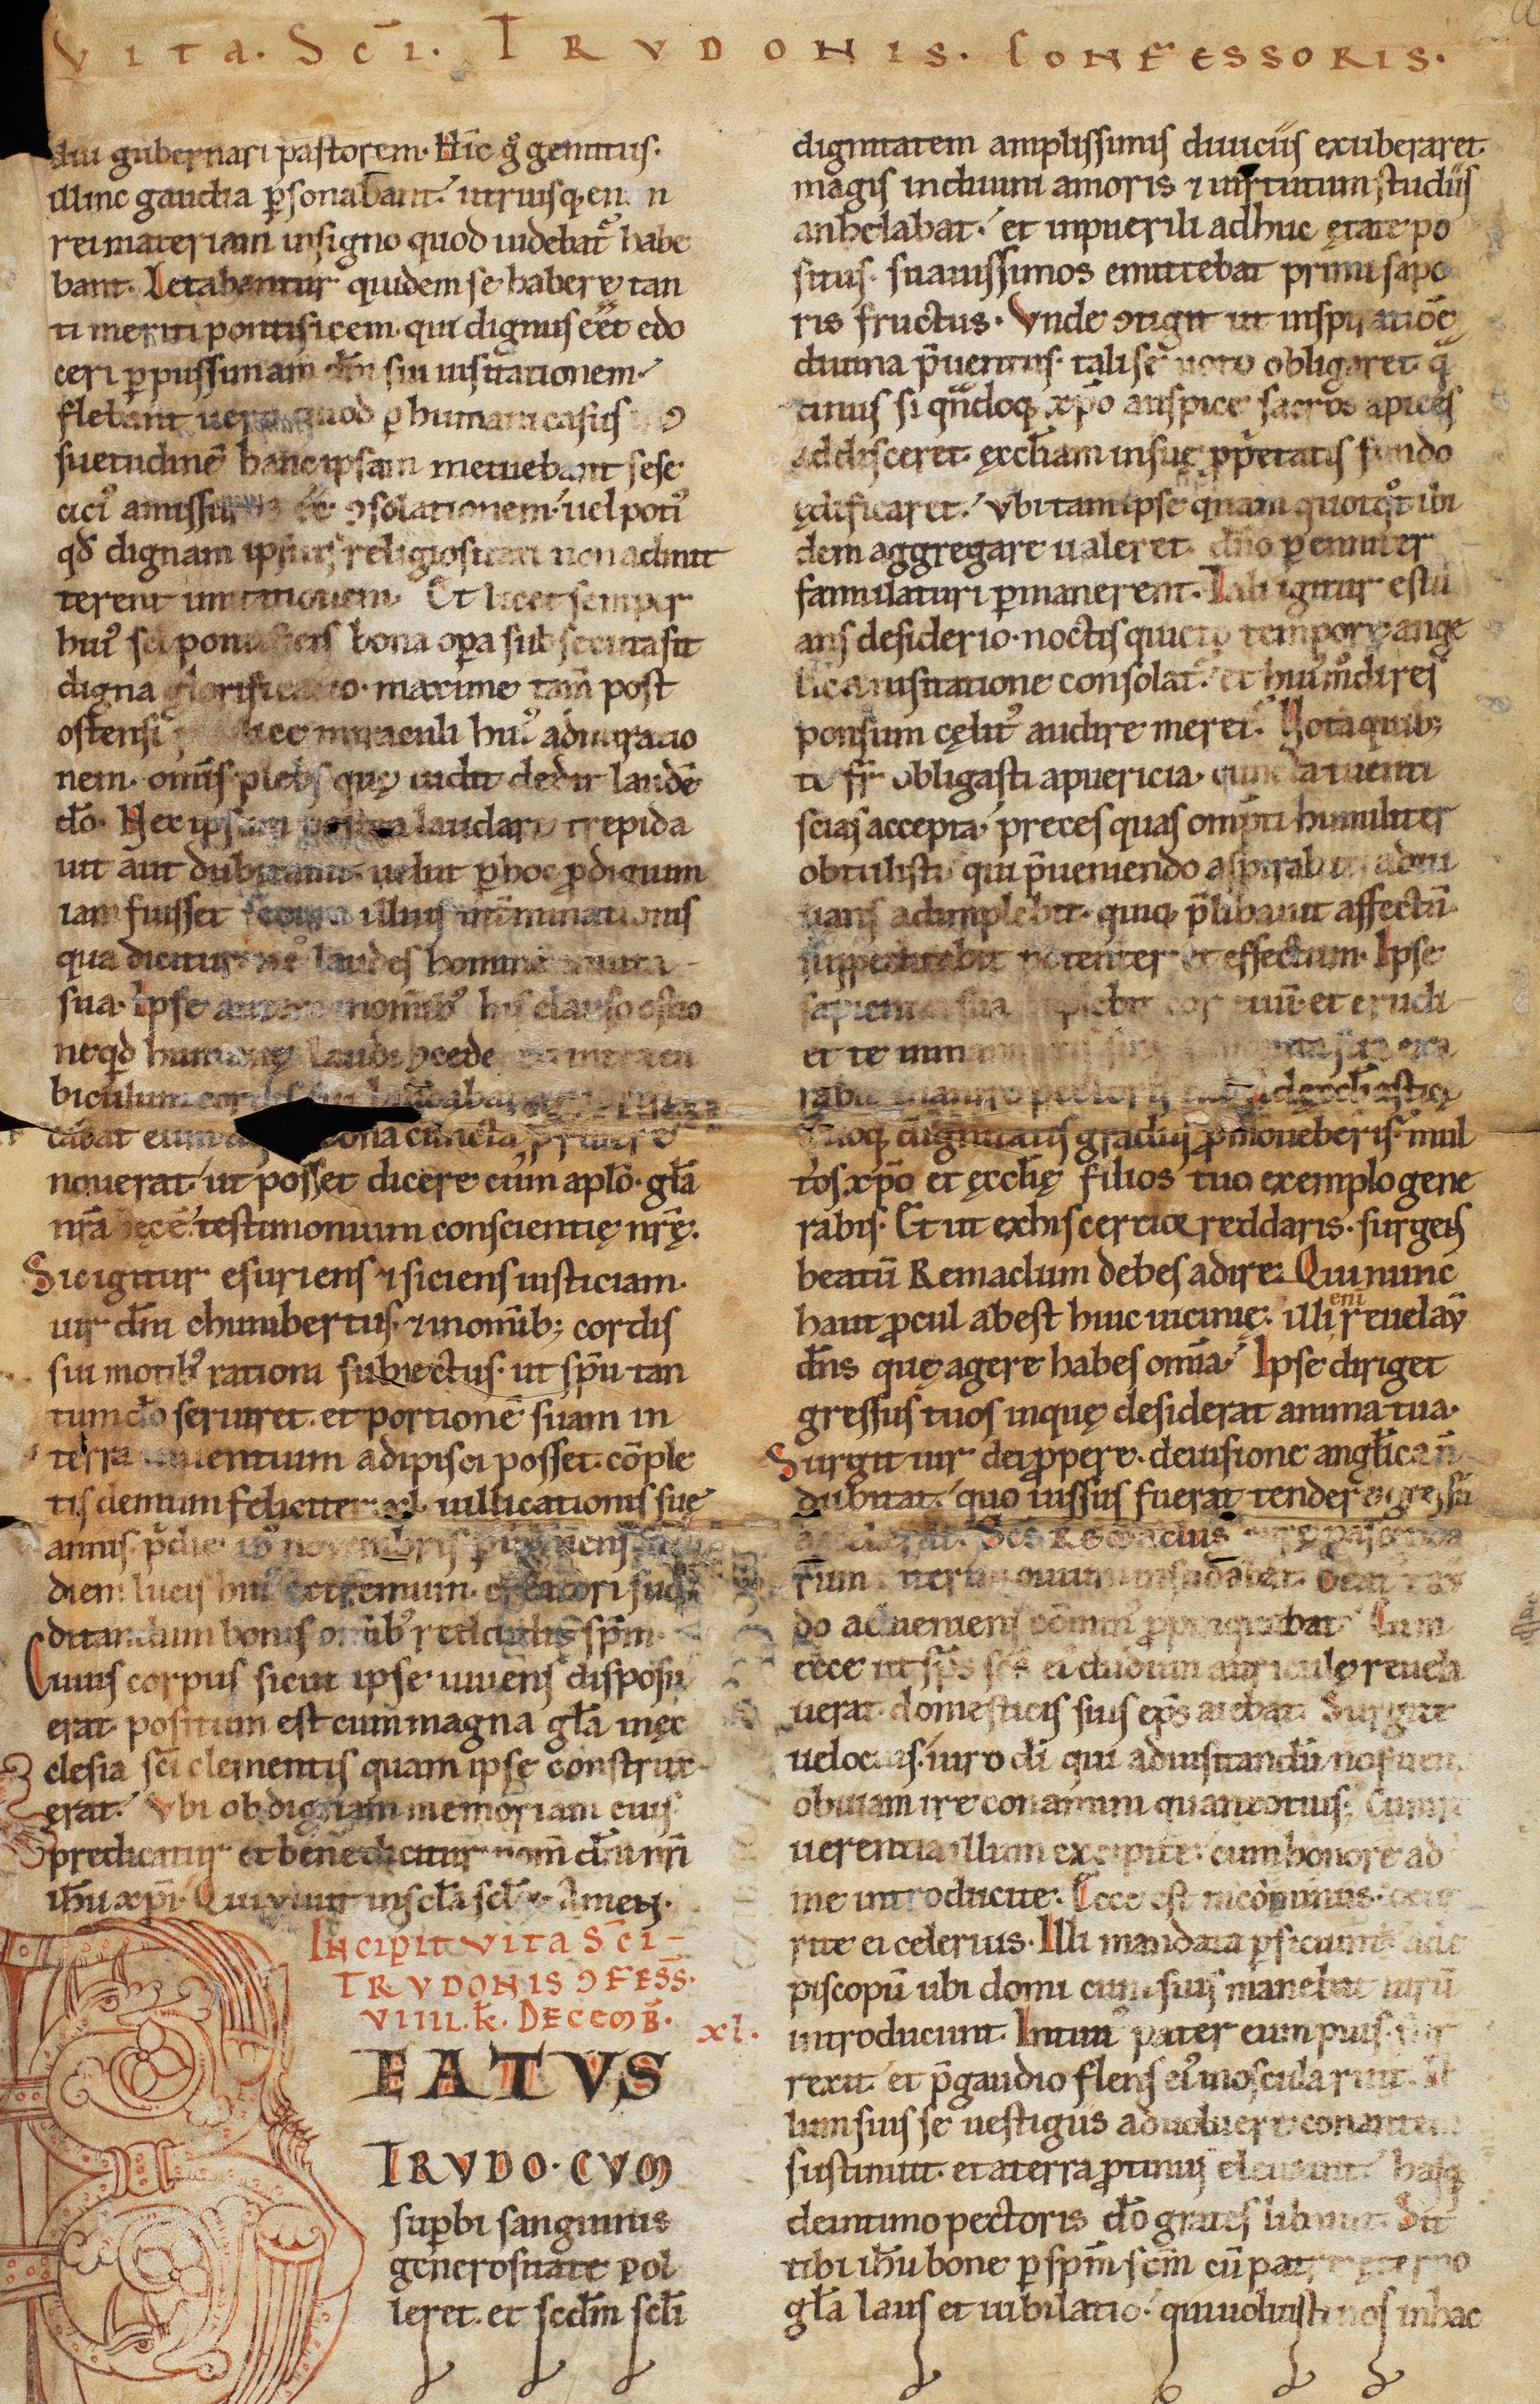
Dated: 1140–1170